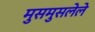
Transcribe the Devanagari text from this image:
मुसमुसलेले